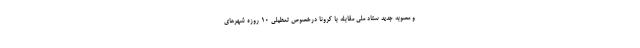
و مصوبه جدید ستاد ملی مقابله با کرونا درخصوص تعطیلی ۱۰ روزه شهر‌های